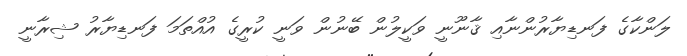
ލަންކާގެ ފަނޑިޔާރުންނާއި ޤާނޫނީ ވަކީލުން ބޭނުން ވަނީ ކުރީގެ އުއްތަމަ ފަނޑިޔާރު ޝިރާނީ